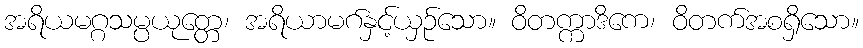
အရိယမဂ္ဂသမ္ပယုတ္တေ၊ အရိယာမဂ်နှင့်ယှဉ်သော။ ဝိတက္ကာဒိကေ၊ ဝိတက်အစရှိသော။